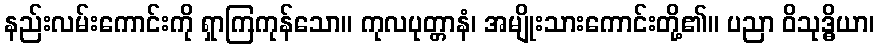
နည်းလမ်းကောင်းကို ရှာကြကုန်သော။ ကုလပုတ္တာနံ၊ အမျိုးသားကောင်းတို့၏။ ပညာ ဝိသုဒ္ဓိယာ၊